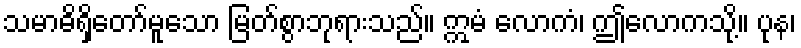
သမာဓိရှိတော်မူသော မြတ်စွာဘုရားသည်။ ဣမံ လောကံ၊ ဤလောကသို့။ ပုန၊